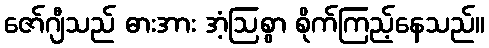
ဇော်ဂျီသည် ဓားအား အံ့ဩစွာ စိုက်ကြည့်နေသည်။